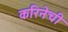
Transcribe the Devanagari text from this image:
करिनेची